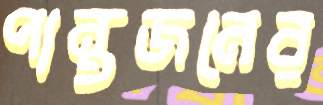
পান্থজনের